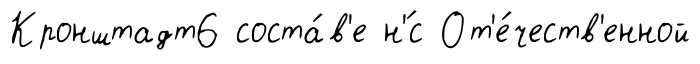
Кронштадт6 соста́в'е н'́с От'е́честв'енной